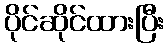
ပိုင်ဆိုင်ထားပြီး